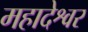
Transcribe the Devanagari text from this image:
महादेश्वर